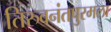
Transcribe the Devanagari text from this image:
तिरुवनंतपुरमला